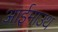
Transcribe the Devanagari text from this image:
आईमाउथ